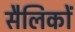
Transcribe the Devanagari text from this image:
सैलिकों